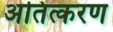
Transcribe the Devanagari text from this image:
अतित्करण